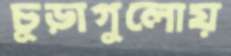
চূড়াগুলোয়